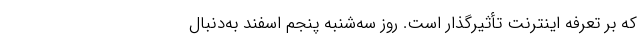
که بر تعرفه اینترنت تأثیرگذار است. روز سه‌شنبه پنجم اسفند به‌دنبال